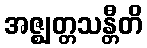
အဇ္ဈတ္တသန္တီတိ